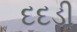
દદડી